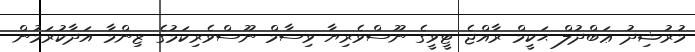
މުރުޝިދު ޢަބްދުލް ޙަކީމް ރާއްޖެ ޓީވީގެ ނޫސްވެރިޔާ ވިސާމް ނޫސްވެރިކަމުގެ ޒިންމާ އަދާކުރަމުން